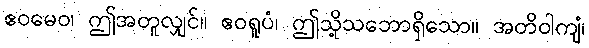
ဧဝမေဝ၊ ဤအတူလျှင်။ ဧဝရူပံ၊ ဤသို့သဘောရှိသော။ အတိဝါကျံ၊